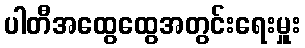
ပါတီအထွေထွေအတွင်းရေးမှူး